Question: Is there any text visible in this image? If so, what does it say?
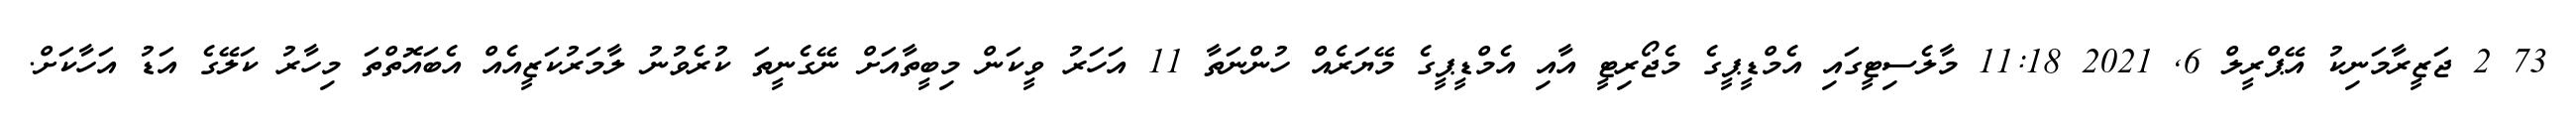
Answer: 73 2 ޖަޒީރާމަނިކު އޭޕްރީލް 6, 2021 11:18 މާލެސިޓީގައި އެމްޑީޕީގެ މެޖޯރިޓީ އާއި އެމްޑީޕީގެ މޭޔަރެއް ހުންނަތާ 11 އަހަރު ވީކަން މިބީތާއަށް ނޭގެނީތަ ކުރެވުނު ލާމަރުކަޒީއެއް އެބައޮތްތަ މިހާރު ކަލޭގެ އަޑު އަހާކަށް.